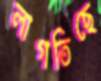
লাগতিছে